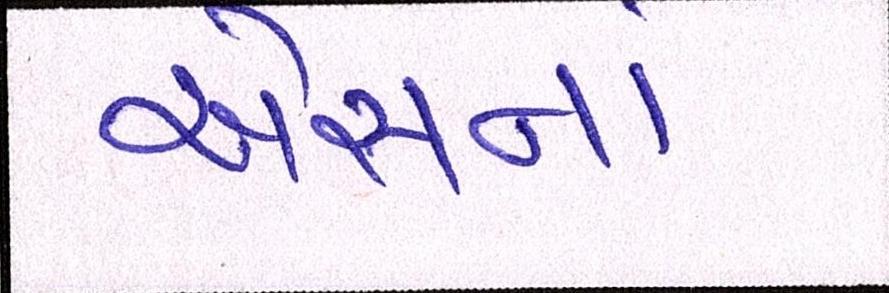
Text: એસનાં